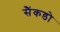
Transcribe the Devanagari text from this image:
सैंकडो